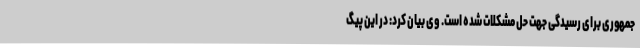
جمهوری برای رسیدگی جهت حل مشکلات شده است. وی بیان کرد: در این پیگ